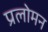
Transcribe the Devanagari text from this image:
प्रलोमन